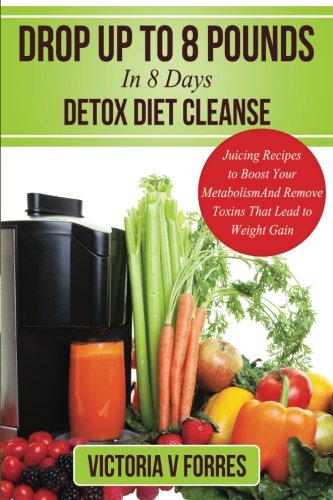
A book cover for Drop Up To 8 Pounds In 8 Days - Detox Diet Cleanse: Alkalize, Energize - Juicing Recipes To Boost Your Metabolism And Remove Toxins That Lead To ... Delicious Weight Loss Juice Fasting Recipes; Victoria V Forres; Cookbooks, Food & Wine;